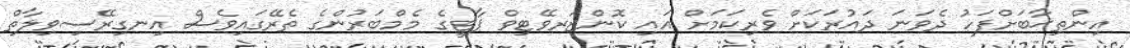
އިންތިޚާބަށްފަހު ދެވަނަ ދައުރަކަށް ވެރިކަމަށް އައި ކޮންޒަރވޭޓިވް ޕާޓީގެ މެމްބަރުންގެ ތެރޭގައިވެސް އިނގިރޭސިވިލާތް